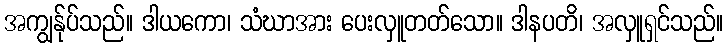
အကျွန်ုပ်သည်။ ဒါယကော၊ သံဃာအား ပေးလှူတတ်သော။ ဒါနပတိ၊ အလှူရှင်သည်။